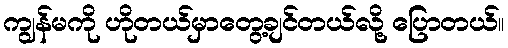
ကျွန်မကို ဟိုတယ်မှာတွေ့ချင်တယ်လို့ ပြောတယ်။